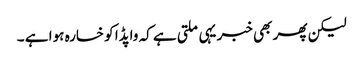
لیکن پھر بھی خبر یہی ملتی ہے کہ واپڈا کو خسارہ ہوا ہے ۔